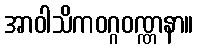
အာဝါသိကဝဂ္ဂဝဏ္ဏနာ။